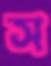
স